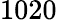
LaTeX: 1020